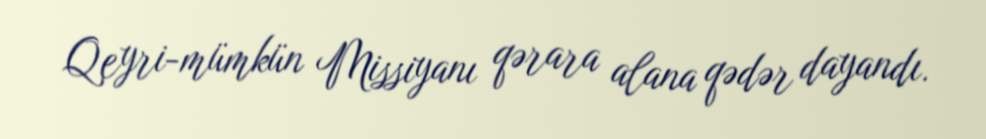
Qeyri-mümkün Missiyanı qərara alana qədər dayandı.